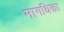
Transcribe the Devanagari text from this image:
मागधिका